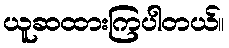
ယူဆထားကြပါတယ်။